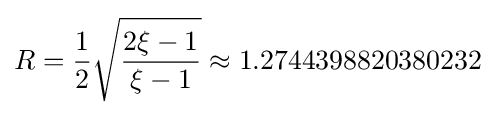
R={\frac {1}{2}}{\sqrt {\frac {2\xi -1}{\xi -1}}}\approx 1.2744398820380232